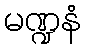
မဏ္ဍနံ